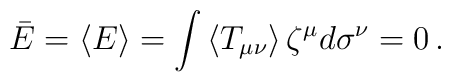
\bar{E}=\left\langle E \right\rangle=\int \left\langle T_{\mu\nu} \right\rangle\zeta^{\mu}d\sigma^{\nu}=0\, .